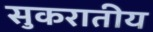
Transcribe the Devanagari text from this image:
सुकरातीय